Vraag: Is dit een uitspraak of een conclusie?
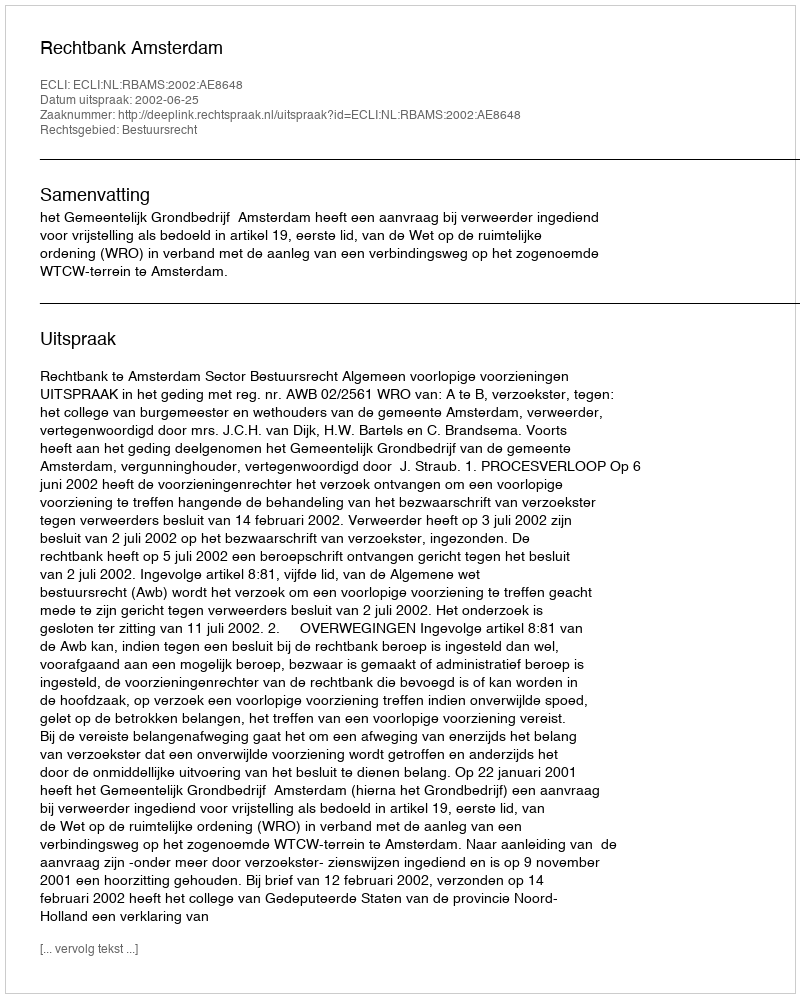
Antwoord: Uitspraak